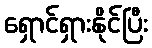
ရှောင်ရှားနိုင်ပြီး